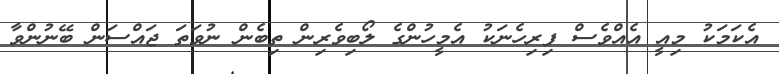
އެކަމަކު މިއީ އެއްވެސް ފިރިހެނަކު އެމީހުންގެ ލޯބިވެރިން ތިބެން ނުވަތަ ޖައްސަން ބޭނުންވާ